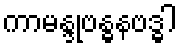
ကာမန္ဒုဗန္ဓနဗဒ္ဓါ